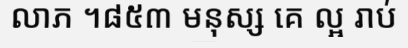
លាភ ។៨៥៣ មនុស្ស គេ ល្អ រាប់